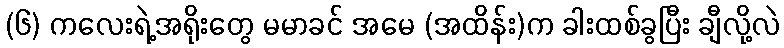
(၆) ကလေးရဲ့အရိုးတွေ မမာခင် အမေ (အထိန်း)က ခါးထစ်ခွပြီး ချီလို့လဲ